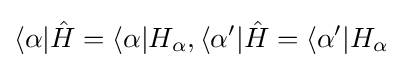
\langle \alpha |{\hat {H}}=\langle \alpha |H_{\alpha },\langle \alpha '|{\hat {H}}=\langle \alpha '|H_{\alpha }